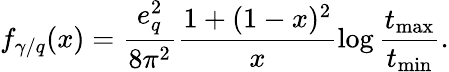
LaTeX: f_{\gamma/q}(x)=\frac{e_{q}^{2}}{8\pi^{2}}\frac{1+(1-x)^{2}}{x}\log\frac{t_{\mathrm{{max}}}}{t_{\mathrm{{min}}}}.